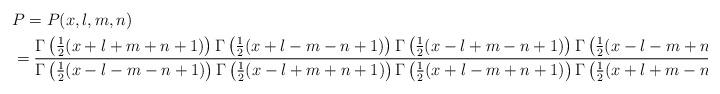
LaTeX: \begin{align*}&P=P(x,l,m,n)\\&=\frac{\Gamma\left(\frac 12(x+l+m+n+1)\right)\Gamma\left(\frac 12(x+l-m-n+1)\right)\Gamma\left(\frac 12(x-l+m-n+1)\right)\Gamma\left(\frac 12(x-l-m+n+1)\right)}{\Gamma\left(\frac 12(x-l-m-n+1)\right)\Gamma\left(\frac 12(x-l+m+n+1)\right)\Gamma\left(\frac 12(x+l-m+n+1)\right)\Gamma\left(\frac 12(x+l+m-n+1)\right)}.\end{align*}